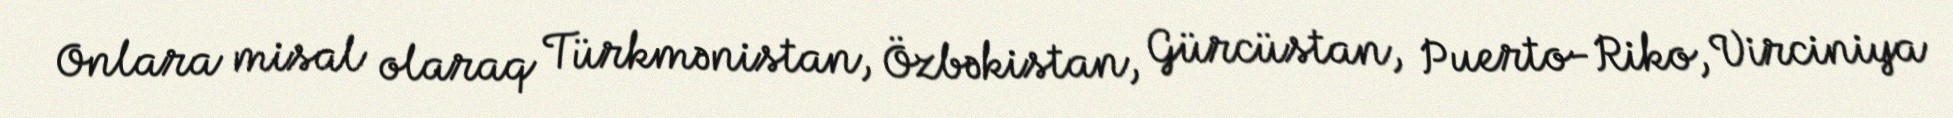
Onlara misal olaraq Türkmənistan, Özbəkistan, Gürcüstan, Puerto-Riko, Virciniya